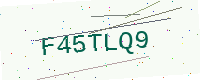
Text: F45TLQ9